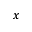
x